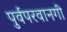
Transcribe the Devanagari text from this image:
पुर्वपरवानगी